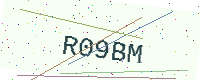
Text: R09BM